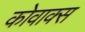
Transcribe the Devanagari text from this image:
कोवाक्स